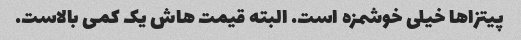
پیتزاها خیلی خوشمزه است. البته قیمت هاش یک کمی بالاست.